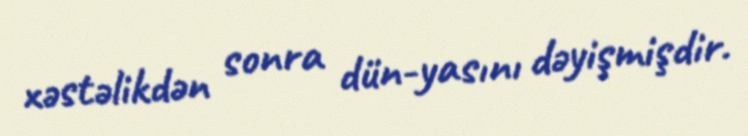
xəstəlikdən sonra dün-yasını dəyişmişdir.